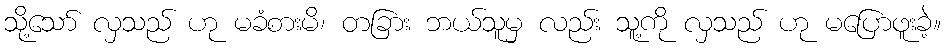
သို့သော် လှသည် ဟု မခံစားမိ၊ တခြား ဘယ်သူမှ လည်း သူ့ကို လှသည် ဟု မပြောဖူးခဲ့။